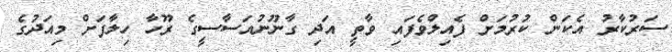
ސަރުކާރު އެކަން ކުރުމަށް ފެއިލްވެފައި ވާތީ އަދި ގާނޫނުއަސާސީގެ ރޫހާ ހިލާފަށް މިއަދުގެ